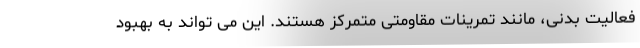
فعالیت بدنی، مانند تمرینات مقاومتی متمرکز هستند. این می تواند به بهبود